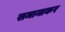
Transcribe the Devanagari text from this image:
समानाकर